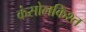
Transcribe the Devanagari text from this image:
कंसोलकिश्त